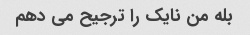
بله من نایک را ترجیح می دهم